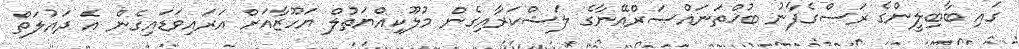
ގައި ބާބިލީންގެ ރަސްގެފާނު ބުޚްތަނައްޞަރްއޭނާގެ ލަޝްކަރާއިގެން މުލޫކިއްޔަތުލް ޔަހޫޒާއަށް އަރައިވަޑައިގެން އެ ދައުލަތް